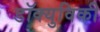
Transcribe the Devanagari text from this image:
डॉक्युविकी